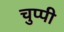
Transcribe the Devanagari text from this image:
चुप्‍पी